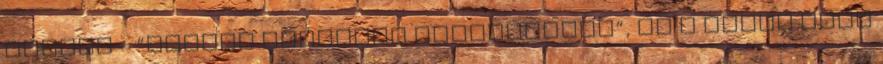
mondta – “fontos tanúkkal találkozott”, és a velük való